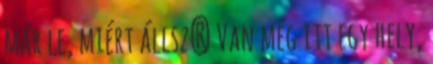
már le, miért állsz? Van még itt egy hely,